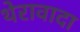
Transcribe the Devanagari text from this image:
थेरावादा